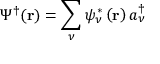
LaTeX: \Psi ^ { \dagger } ( \mathbf { r } ) = \sum _ { \nu } \psi _ { \nu } ^ { * } \left( \mathbf { r } \right) a _ { \nu } ^ { \dagger }